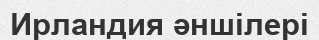
Ирландия әншілері